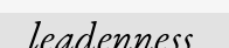
leadenness